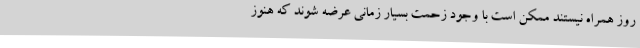
روز همراه نیستند ممکن است با وجود زحمت بسیار زمانی عرضه شوند که هنوز